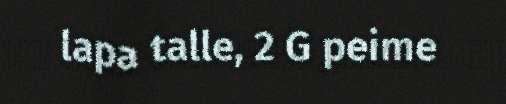
lapa talle, 2 G peime